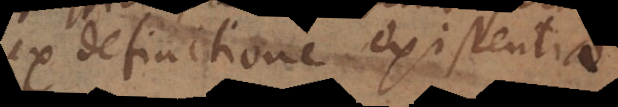
ex definitione existentiae.